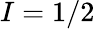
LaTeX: I=1/2